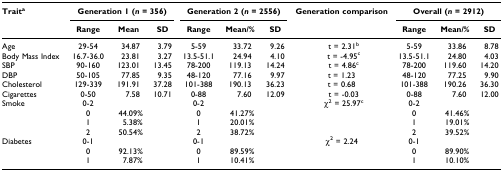
<table><thead><tr><td><b>Trait<sup>a</sup></b></td><td colspan="3"><b>Generation 1 (<i>n </i>= 356)</b></td><td colspan="3"><b>Generation 2 (<i>n </i>= 2556)</b></td><td><b>Generation comparison</b></td><td colspan="3"><b>Overall (<i>n </i>= 2912)</b></td></tr><tr><td></td><td><b>Range</b></td><td><b>Mean</b></td><td><b>SD</b></td><td><b>Range</b></td><td><b>Mean/%</b></td><td><b>SD</b></td><td></td><td><b>Range</b></td><td><b>Mean/%</b></td><td><b>SD</b></td></tr></thead><tbody><tr><td>Age</td><td>29-54</td><td>34.87</td><td>3.79</td><td>5-59</td><td>33.72</td><td>9.26</td><td>t = 2.31<sup>b</sup></td><td>5-59</td><td>33.86</td><td>8.78</td></tr><tr><td>Body Mass Index</td><td>16.7-36.0</td><td>23.81</td><td>3.27</td><td>13.5-51.1</td><td>24.94</td><td>4.10</td><td>t = -4.95<sup>c</sup></td><td>13.5-51.1</td><td>24.80</td><td>4.03</td></tr><tr><td>SBP</td><td>90-160</td><td>123.01</td><td>13.45</td><td>78-200</td><td>119.13</td><td>14.24</td><td>t = 4.86<sup>c</sup></td><td>78-200</td><td>119.60</td><td>14.20</td></tr><tr><td>DBP</td><td>50-105</td><td>77.85</td><td>9.35</td><td>48-120</td><td>77.16</td><td>9.97</td><td>t = 1.23</td><td>48-120</td><td>77.25</td><td>9.90</td></tr><tr><td>Cholesterol</td><td>129-339</td><td>191.91</td><td>37.28</td><td>101-388</td><td>190.13</td><td>36.23</td><td>t = 0.68</td><td>101-388</td><td>190.26</td><td>36.30</td></tr><tr><td>Cigarettes</td><td>0-50</td><td>7.58</td><td>10.71</td><td>0-88</td><td>7.60</td><td>12.09</td><td>t = -0.03</td><td>0-88</td><td>7.60</td><td>12.00</td></tr><tr><td>Smoke</td><td>0-2</td><td></td><td></td><td>0-2</td><td></td><td></td><td>χ<sup>2 </sup>= 25.97<sup>c</sup></td><td>0-2</td><td></td><td></td></tr><tr><td></td><td>0</td><td>44.09%</td><td></td><td>0</td><td>41.27%</td><td></td><td></td><td>0</td><td>41.46%</td><td></td></tr><tr><td></td><td>1</td><td>5.38%</td><td></td><td>1</td><td>20.01%</td><td></td><td></td><td>1</td><td>19.01%</td><td></td></tr><tr><td></td><td>2</td><td>50.54%</td><td></td><td>2</td><td>38.72%</td><td></td><td></td><td>2</td><td>39.52%</td><td></td></tr><tr><td>Diabetes</td><td>0-1</td><td></td><td></td><td>0-1</td><td></td><td></td><td>χ<sup>2 </sup>= 2.24</td><td>0-1</td><td></td><td></td></tr><tr><td></td><td>0</td><td>92.13%</td><td></td><td>0</td><td>89.59%</td><td></td><td></td><td>0</td><td>89.90%</td><td></td></tr><tr><td></td><td>1</td><td>7.87%</td><td></td><td>1</td><td>10.41%</td><td></td><td></td><td>1</td><td>10.10%</td><td></td></tr></tbody></table>